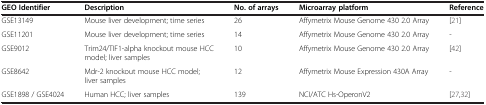
<table><thead><tr><td><b>GEO Identifier</b></td><td><b>Description</b></td><td><b>No. of arrays</b></td><td><b>Microarray platform</b></td><td><b>Reference</b></td></tr></thead><tbody><tr><td>GSE13149</td><td>Mouse liver development; time series</td><td>26</td><td>Affymetrix Mouse Genome 430 2.0 Array</td><td>[21]</td></tr><tr><td>GSE11201</td><td>Mouse liver development; time series</td><td>14</td><td>Affymetrix Mouse Genome 430 2.0 Array</td><td>-</td></tr><tr><td>GSE9012</td><td>Trim24/TIF1-alpha knockout mouse HCC model; liver samples</td><td>10</td><td>Affymetrix Mouse Genome 430 2.0 Array</td><td>[42]</td></tr><tr><td>GSE8642</td><td>Mdr-2 knockout mouse HCC model; liver samples</td><td>12</td><td>Affymetrix Mouse Expression 430A Array</td><td>-</td></tr><tr><td>GSE1898 / GSE4024</td><td>Human HCC; liver samples</td><td>139</td><td>NCI/ATC Hs-OperonV2</td><td>[27,32]</td></tr></tbody></table>